Report of veterinary surgeon J.H. Steel, A.V.D., on his investigation into an obscure and fatal disease among transport mules in British Burma
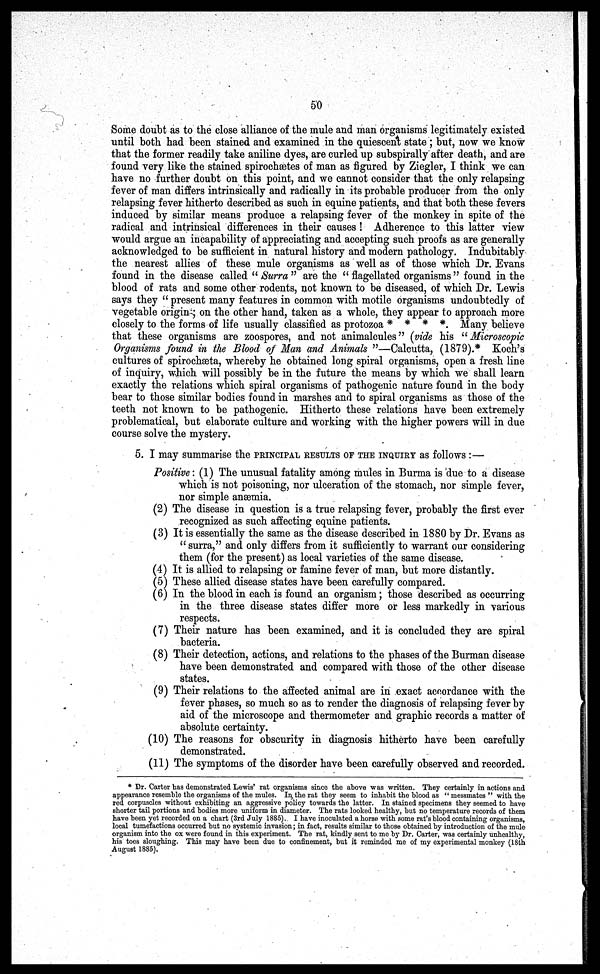
50
Some doubt as to the close alliance of the mule and man organisms legitimately existed
until both had been stained and examined in the quiescent state; but, now we know
that the former readily take aniline dyes, are curled up subspirally after death, and are
found very like the stained spirochaetes of man as figured by Ziegler, I think we can
have no further doubt on this point, and we cannot consider that the only relapsing
fever of man differs intrinsically and radically in its probable producer from the only
relapsing fever hitherto described as such in equine patients, and that both these fevers
induced by similar means produce a relapsing fever of the monkey in spite of the
radical and intrinsical differences in their causes ! Adherence to this latter view
would argue an incapability of appreciating and accepting such proofs as are generally
acknowledged to be sufficient in natural history and modern pathology. Indubitably
the nearest allies of these mule organisms as well as of those which Dr. Evans
found in the disease called " Surra " are the " flagellated organisms " found in the
blood of rats and some other rodents, not known to be diseased, of which Dr. Lewis
says they " present many features in common with motile organisms undoubtedly of
vegetable origin; on the other hand, taken as a whole, they appear to approach more
closely to the forms of life usually classified as protozoa * * * *. Many believe
that these organisms are zoospores, and not animalcules" (vide his " Microscopic
Organisms found in the Blood of Man and Animals "—Calcutta, (1879).* Koch's
cultures of spirochæta, whereby he obtained long spiral organisms, open a fresh line
of inquiry, which will possibly be in the future the means by which we shall learn
exactly the relations which spiral organisms of pathogenic nature found in the body
bear to those similar bodies found in marshes and to spiral organisms as those of the
teeth not known to be pathogenic. Hitherto these relations have been extremely
problematical, but elaborate culture and working with the higher powers will in due
course solve the mystery.
5. I may summarise the PRINCIPAL RESULTS OF THE INQUIRY as follows :—
Positive: (1) The unusual fatality among mules in Burma is due to a disease
which is not poisoning, nor ulceration of the stomach, nor simple fever,
nor simple anæmia.
(2) The disease in question is a true relapsing fever, probably the first ever
recognized as such affecting equine patients.
(3) It is essentially the same as the disease described in 1880 by Dr. Evans as
" surra," and only differs from it sufficiently to warrant our considering
them (for the present) as local varieties of the same disease.
(4) It is allied to relapsing or famine fever of man, but more distantly.
(5) These allied disease states have been carefully compared.
(6) In the blood in each is found an organism; those described as occurring
in the three disease states differ more or less markedly in various
respects.
(7) Their nature has been examined, and it is concluded they are spiral
bacteria.
(8) Their detection, actions, and relations to the phases of the Burman disease
have been demonstrated and compared with those of the other disease
states.
(9) Their relations to the affected animal are in exact accordance with the
fever phases, so much so as to render the diagnosis of relapsing fever by
aid of the microscope and thermometer and graphic records a matter of
absolute certainty.
(10) The reasons for obscurity in diagnosis hitherto have been carefully
demonstrated.
(11) The symptoms of the disorder have been carefully observed and recorded.
* Dr. Carter has demonstrated Lewis' rat organisms since the above was written. They certainly in actions and
appearance resemble the organisms of the mules. In the rat they seem to inhabit the blood as " messmates " with the
red corpuscles without exhibiting an aggressive policy towards the latter. In stained specimens they seemed to have
shorter tail portions and bodies more uniform in diameter. The rats looked healthy, but no temperature records of them
have been yet recorded on a chart (3rd July 1885). I have inoculated a horse with some rat's blood containing organisms,
local tumefactions occurred but no systemic invasion; in fact, results similar to those obtained by introduction of the mule
organism into the ox were found in this experiment. The rat, kindly sent to me by Dr. Carter, was certainly unhealthy,
his toes sloughing. This may have been due to confinement, but it reminded me of my experimental monkey (18th
August 1885).